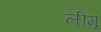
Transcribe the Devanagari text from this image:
लीमू